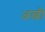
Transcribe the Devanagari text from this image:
अल्जी